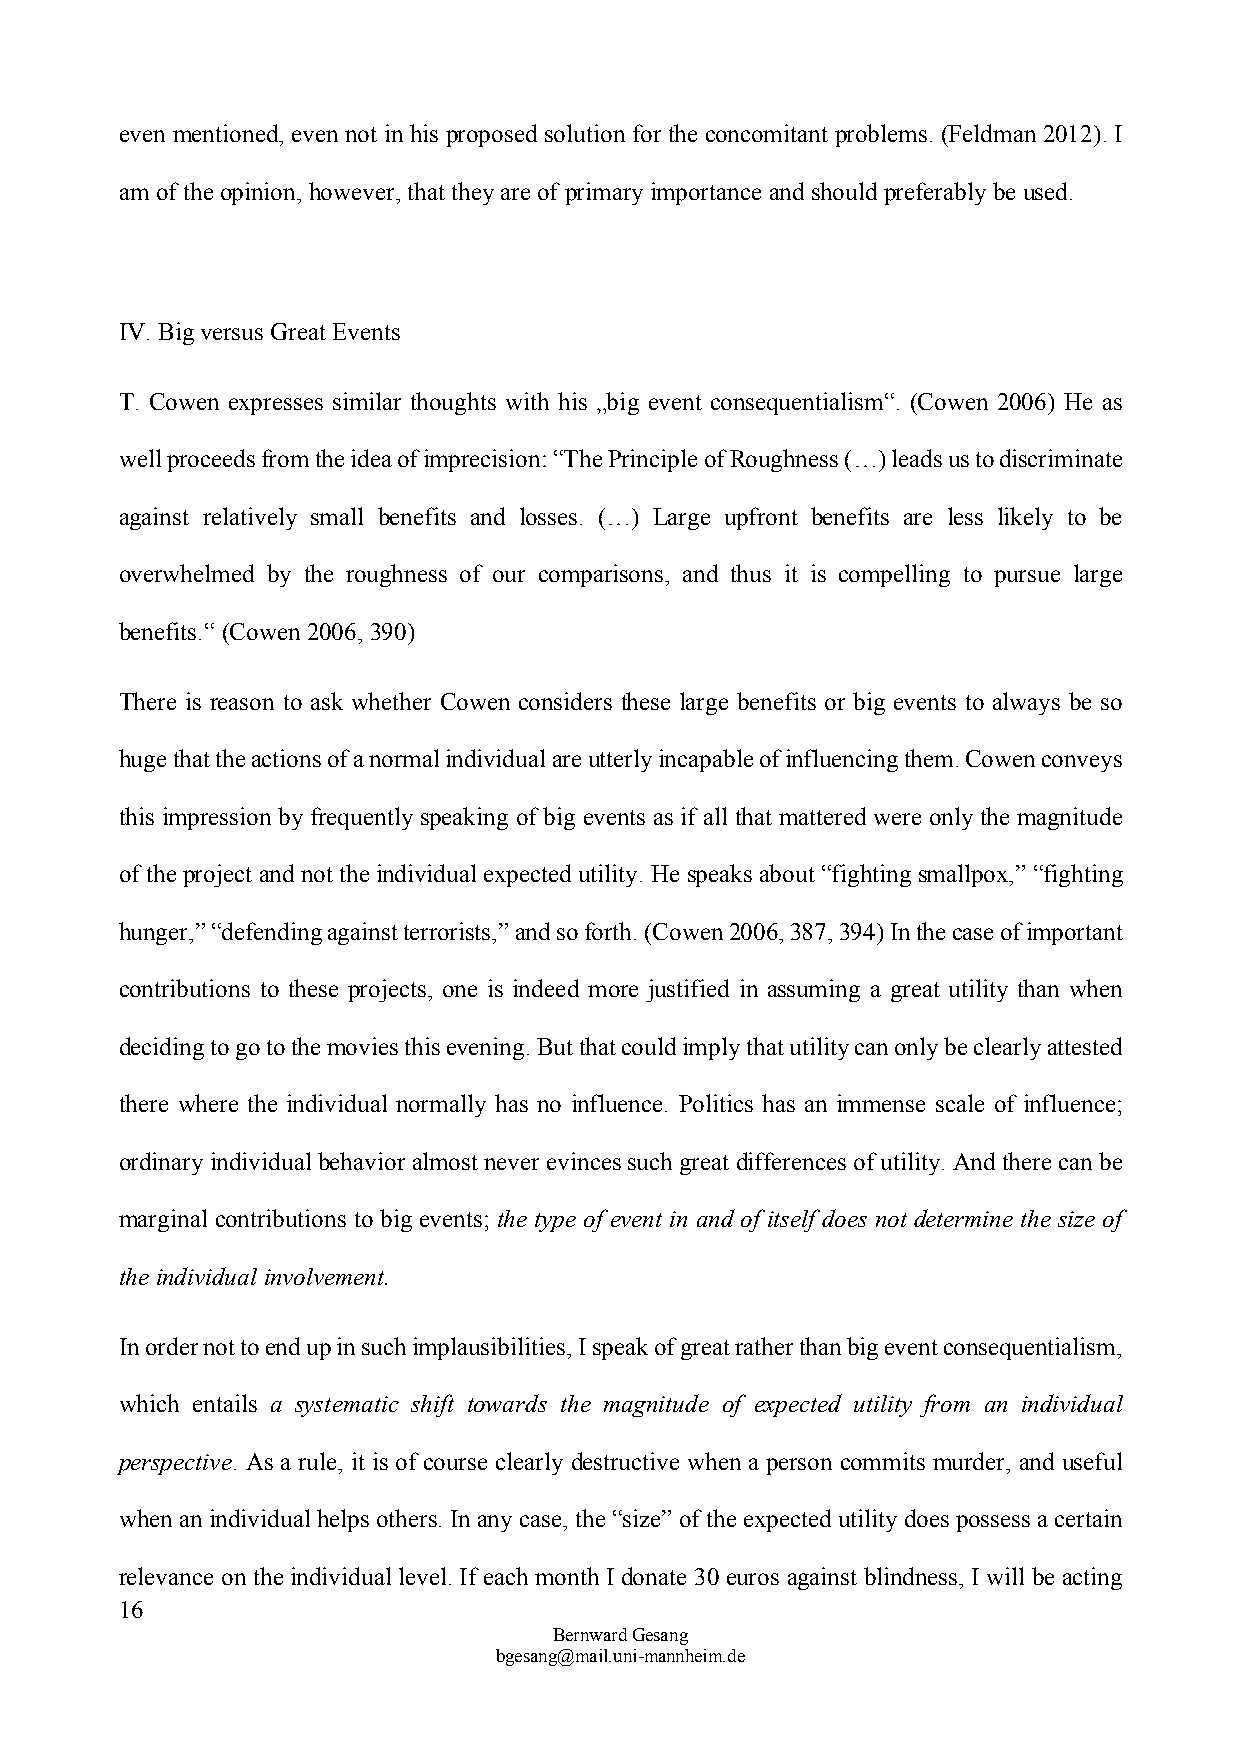
even mentioned, even not in his proposed solution for the concomitant problems. (Feldman 2012). I
 am of the opinion, however, that they are of primary importance and should preferably be used.
 IV. Big versus Great Events
 T. Cowen expresses similar thoughts with his „big event consequentialism“. (Cowen 2006) He as
 well proceeds from the idea of imprecision: “The Principle of Roughness (…) leads us to discriminate
 against relatively small benefits and losses. (…) Large upfront benefits are less likely to be
 overwhelmed by the roughness of our comparisons, and thus it is compelling to pursue large
 benefits.“ (Cowen 2006, 390)
 There is reason to ask whether Cowen considers these large benefits or big events to always be so
 huge that the actions of a normal individual are utterly incapable of influencing them. Cowen conveys
 this impression by frequently speaking of big events as if all that mattered were only the magnitude
 of the project and not the individual expected utility. He speaks about “fighting smallpox,” “fighting
 hunger,” “defending against terrorists,” and so forth. (Cowen 2006, 387, 394) In the case of important
 contributions to these projects, one is indeed more justified in assuming a great utility than when
 deciding to go to the movies this evening. But that could imply that utility can only be clearly attested
 there where the individual normally has no influence. Politics has an immense scale of influence;
 ordinary individual behavior almost never evinces such great differences of utility. And there can be
 marginal contributions to big events; the type of event in and of itself does not determine the size of
 the individual involvement.
 In order not to end up in such implausibilities, I speak of great rather than big event consequentialism,
 which entails a systematic shift towards the magnitude of expected utility from an individual
 perspective. As a rule, it is of course clearly destructive when a person commits murder, and useful
 when an individual helps others. In any case, the “size” of the expected utility does possess a certain
 relevance on the individual level. If each month I donate 30 euros against blindness, I will be acting
 16
 Bernward Gesang
 bgesang@mail.uni-mannheim.de